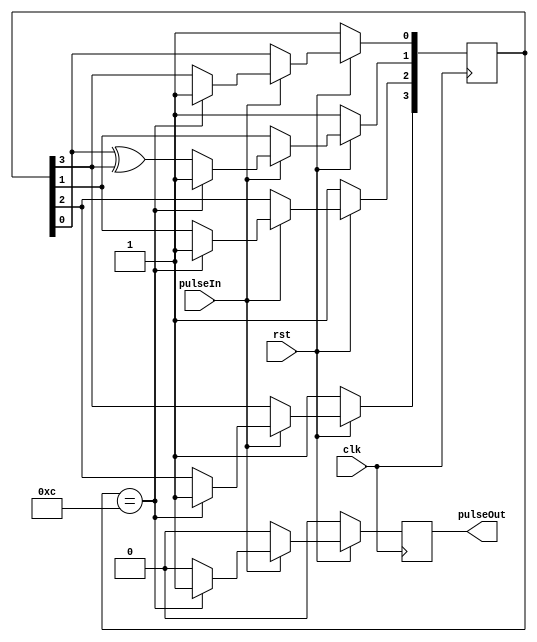
/*
second timer based on hundredMillisecondTimer
*/

module secondTimer(pulseIn, clk, rst, pulseOut);

	input pulseIn, clk, rst;
	output wire pulseOut;
	reg pulse;

	reg [3:0] LFSR;
  	wire feedback = LFSR[3];


	always @ (posedge clk)
		begin
			if(rst == 0)
				begin
					LFSR <= 4'b1111;
					pulse <= 0;
				end
			else 
				begin
					if(pulseIn == 1)
						begin
							if(LFSR == 4'b1100)
								begin
									LFSR <= 4'b1111;
									pulse <= 1;
								end
							else 
								begin
									LFSR[0] <= feedback;
								    LFSR[1] <= LFSR[0] ^ feedback;
								    LFSR[2] <= LFSR[1];
								    LFSR[3] <= LFSR[2];
									pulse <= 0;
								end
						end
					else 
						begin
							pulse <= 0;
						end
				end
		end
	assign pulseOut = pulse;
endmodule